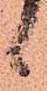
候